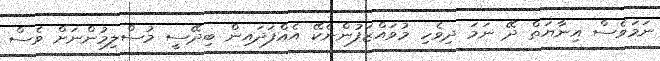
ނަމަވެސް އިނާޔަތް ދޭ ނަމަ ދިވެހި މުވައްޒަފުންނެކޭ އެއްފަދައިން ބިދޭސީ މުސްލިމުންނަށް ވެސް